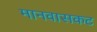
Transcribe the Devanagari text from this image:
मानवासकट